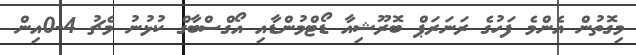
މިގޮތުން އެންމެ ފަހުގެ ރަނަރަޕް ބޮރޫޝިއާ ޑޯޓްމުންޑާއި އޯގްސްބާގް ކުޅުނު މެޗު 4-0އިން